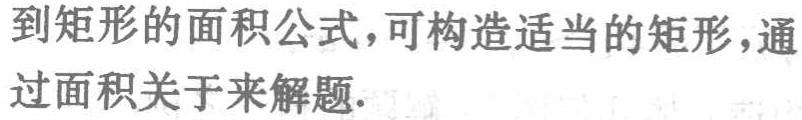
到矩形的面积公式，可构造适当的矩形，通过面积关于来解题.